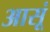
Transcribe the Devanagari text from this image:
आसूं